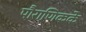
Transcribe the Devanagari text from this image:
पौराणिकके